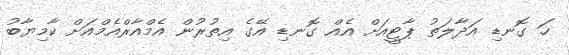
ހަ ގޮނޑި އަދާލަތު ޕާޓީއަށް އެއް ގޮނޑި އޭގެ އިތުރުން އެމްއާރްއެމްއަށް ކާމިޔާބު